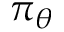
\pi _ { \theta }